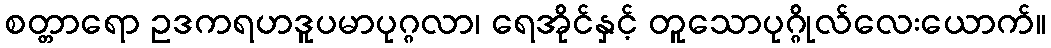
စတ္တာရော ဥဒကရဟဒူပမာပုဂ္ဂလာ၊ ရေအိုင်နှင့် တူသောပုဂ္ဂိုလ်လေးယောက်။